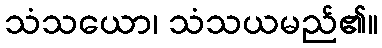
သံသယော၊ သံသယမည်၏။